Indian journal of veterinary science and animal husbandry - Volume 6,
Year: 1936
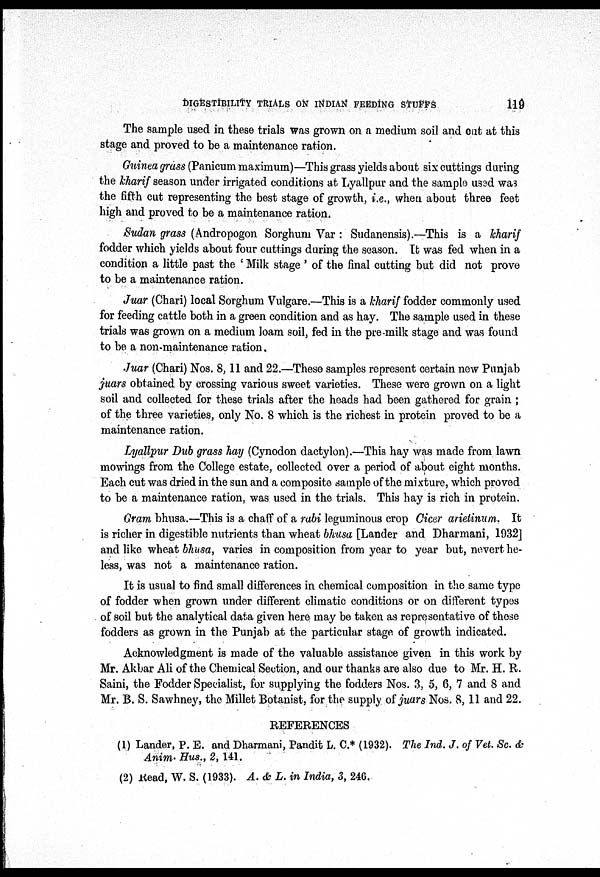
DIGESTIBILITY TRIALS ON INDIAN FEEDING STUFFS
119
The sample used in these trials was grown on a medium soil and cut at this
stage and proved to be a maintenance ration.
Guinea grass (Panicum maximum)—This grass yields about six cuttings during
the kharif season under irrigated conditions at Lyallpur and the sample used was
the fifth cut representing the best stage of growth, i.e., when about three feet
high and proved to be a maintenance ration.
Sudan grass (Andropogon Sorghum Var : Sudanensis).—This is a kharif
fodder which yields about four cuttings during the season. It was fed when in a
condition a little past the ' Milk stage ' of the final cutting but did not prove
to be a maintenance ration.
Juar (Chari) local Sorghum Vulgare.—This is a kharif fodder commonly used
for feeding cattle both in a green condition and as hay. The sample used in these
trials was grown on a medium loam soil, fed in the pre-milk stage and was found
to be a non-maintenance ration.
Juar (Chari) Nos. 8,11 and 22.—These samples represent certain new Punjab
juars obtained by crossing various sweet varieties. These were grown on a light
soil and collected for these trials after the heads had been gathered for grain ;
of the three varieties, only No. 8 which is the richest in protein proved to be a
maintenance ration.
Lyallpur Dub grass hay (Cynodon dactylon).—This hay was made from lawn
mowings from the College estate, collected over a period of about eight months.
Each cut was dried in the sun and a composite sample of the mixture, which proved
to be a maintenance ration, was used in the trials. This hay is rich in protein.
Gram bhusa.—This is a chaff of a rabi leguminous crop Cicer arietinum. It
is richer in digestible nutrients than wheat bhusa [Lander and Dharmani, 1932]
and like wheat bhusa, varies in composition from year to year but, nevert he-
less, was not a maintenance ration.
It is usual to find small differences in chemical composition in the same type
of fodder when grown under different climatic conditions or on different types
of soil but the analytical data given here may be taken as representative of these
fodders as grown in the Punjab at the particular stage of growth indicated.
Acknowledgment is made of the valuable assistance given in this work by
Mr. Akbar Ali of the Chemical Section, and our thanks are also due to Mr. H. R.
Saini, the Fodder Specialist, for supplying the fodders Nos. 3, 5, 6, 7 and 8 and
Mr. B. S. Sawhney, the Millet Botanist, for the supply of juars Nos. 8, 11 and 22.
REFERENCES
(1) Lander, P. E. and Dharmani, Pandit L. C.* (1932). The Ind. J. of Vet. Sc. &
Anim- Hus., 2, 141.
(2) Read, W. S. (1933). A. & L. in India, 3, 246.